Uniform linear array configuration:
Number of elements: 48
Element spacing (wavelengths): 0.75
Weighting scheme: exponential
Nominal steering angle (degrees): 60
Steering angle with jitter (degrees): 60.997
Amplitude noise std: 0.05
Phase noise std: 0.05

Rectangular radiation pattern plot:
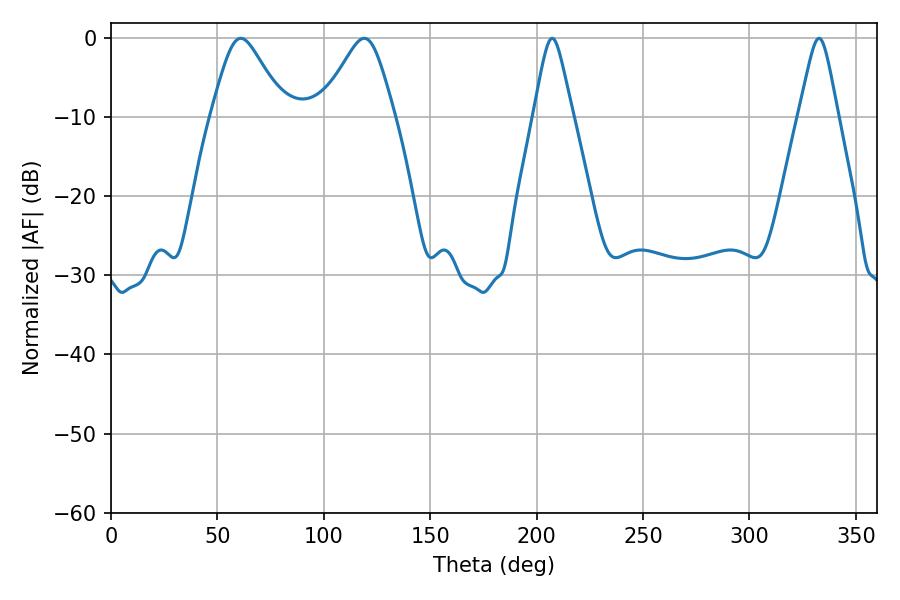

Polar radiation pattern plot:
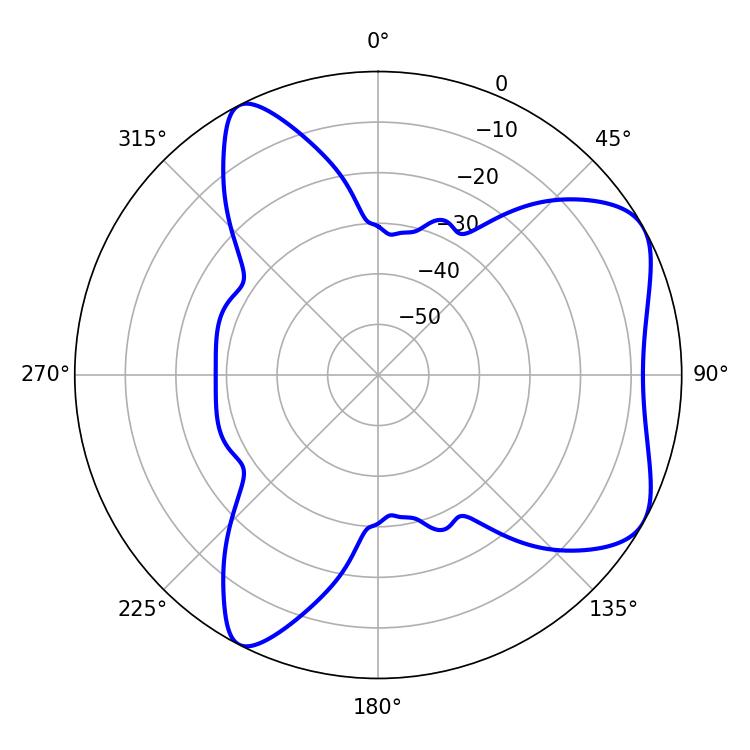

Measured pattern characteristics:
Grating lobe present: TRUE
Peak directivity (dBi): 6.259
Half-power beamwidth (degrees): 16.74
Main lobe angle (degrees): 61.02